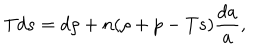
LaTeX: T d s = d \rho + n ( \rho + p - T s ) { \frac { d a } { a } } ,